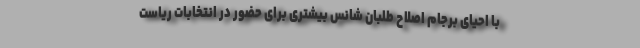
با احیای برجام اصلاح طلبان شانس بیشتری برای حضور در انتخابات ریاست